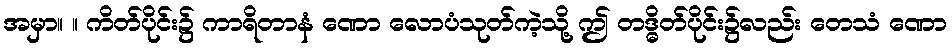
အမှာ။ ။ ကိတ်ပိုင်း၌ ကာရိတာနံ ဏော လောပံသုတ်ကဲ့သို့ ဤ တဒ္ဓိတ်ပိုင်း၌လည်း တေသံ ဏော